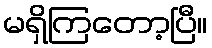
မရှိကြတော့ပြီ။